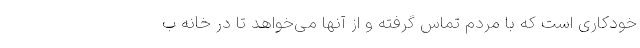
خودکاری است که با مردم تماس گرفته و از آنها می‌خواهد تا در خانه ب